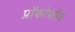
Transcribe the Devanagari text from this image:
प्रॉकोफीव